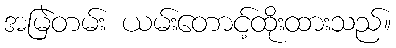
အမြဲတမ်း ယမ်းတောင့်ထိုးထားသည်။